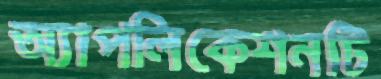
অ্যাপলিকেশনটি